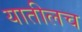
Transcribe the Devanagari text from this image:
यातीलच